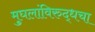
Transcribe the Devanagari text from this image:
मुघलांविरुद्धचा